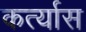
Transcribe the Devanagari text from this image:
कर्त्यास